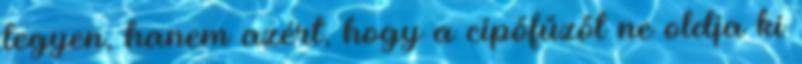
legyen, hanem azért, hogy a cipőfűzőt ne oldja ki